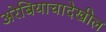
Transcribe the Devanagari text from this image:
अरेबियाचादेखील